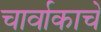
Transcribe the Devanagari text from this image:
चार्वाकाचे